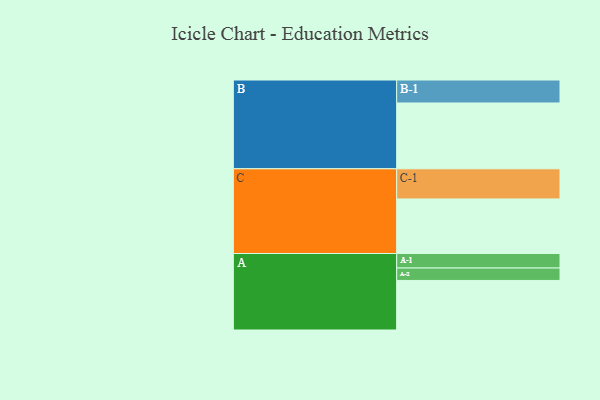
{"axis": {"x": "Segment", "y": "Value"}, "legend": ["", "A", "B", "C"], "data": [{"x": "A", "y": 427, "type": ""}, {"x": "B", "y": 567, "type": ""}, {"x": "C", "y": 470, "type": ""}, {"x": "A-1", "y": 125, "type": "A"}, {"x": "A-2", "y": 107, "type": "A"}, {"x": "B-1", "y": 198, "type": "B"}, {"x": "C-1", "y": 260, "type": "C"}]}